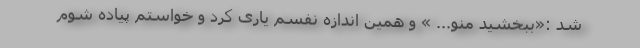
شد :«ببخشید منو... » و همین اندازه نفسم یاری کرد و خواستم پیاده شوم